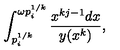
\int _ { p _ { i } ^ { 1 / k } } ^ { \omega p _ { i } ^ { 1 / k } } \frac { x ^ { k j - 1 } d x } { y ( x ^ { k } ) } ,